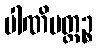
ပါဏိမတ္တဉ္စ